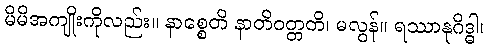
မိမိအကျိုးကိုလည်း။ နာစ္စေတိ နာတိဝတ္တတိ၊ မလွန်။ ရဿာနုဂိဒ္ဓါ၊